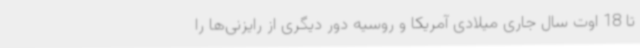
تا 18 اوت سال جاری میلادی آمریکا و روسیه دور دیگری از رایزنی‌ها را